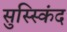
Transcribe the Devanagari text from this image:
सुस्स्किंद